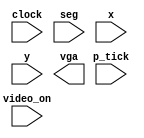
module displaying(
    input clock,
    input [15:0]seg,
    input video_on, p_tick,
    input [9:0]x,y,
    output vga
    );
    reg vga_reg,vga_next;
    
    //vga_sync vga_sync_unit (.clk(clk), .reset(clear), .hsync(hsync), .vsync(vsync), .video_on(video_on), .p_tick(p_tick), .x(x), .y(y));
    
    always@(posedge clock)
        begin
        //vga_next = 1;
        //if(video_on)
            //begin
            if( x >= 291 && x <= 320 && y >= 176 && y <= 179)
                if(seg[0] == 1)
                    vga_next = 0;
            else if(x >= 321 && x <= 350 && y >= 176 && y <= 179)
                if(seg[1] == 1)
                    vga_next = 0;
            else if(x >= 347 && x <= 350 && y >= 180 && y <= 239)
                if(seg[2] == 1)
                    vga_next = 0;
            else if(x >= 347 && x <= 350 && y >= 240 && y <= 299)
                if(seg[3] == 1)
                    vga_next = 0;
            else if(x >= 321 && x <= 350 && y >= 300 && y <= 303)
                if(seg[4] == 1)
                    vga_next = 0;
            else if( x >= 291 && x <= 320 && y >= 300 && y <= 303)
                if(seg[5] == 1)
                    vga_next = 0;
            else if(x >= 291 && x <= 294  && y >= 240 && y <= 299)
                if(seg[6] == 1)
                    vga_next = 0;
            else if(x >= 291 && x <= 294 && y >= 180 && y <= 239)
                if(seg[7] == 1)
                    vga_next = 0;
            else if(x >= 295 && x <= 318 && y >= 238 && y <= 241)
                if(seg[8] == 1)
                    vga_next = 0;
            else if(x >= 323 && x <= 346 && y >= 238 && y <= 241)
                if(seg[9] == 1)
                    vga_next = 0;
            else if(x >= 319 && x <= 322 && y >= 180 && y <= 239)
                if(seg[10] == 1)
                    vga_next = 0;
            else if(x >= 319 && x <= 322 && y >= 240 && y <= 299)
                if(seg[11] == 1)
                    vga_next = 0;
            else if( x >= 295 && x <= 296 && y >= 180 && y <= 181) // seg13
                if(seg[12] == 1)
                    vga_next = 0;
            else if( x >= 295 && x <= 297 && y >= 182 && y <= 183)
                if(seg[12] == 1)
                    vga_next = 0;
            else if( x >= 296 && x <= 298 && y >= 184 && y <= 185)
                if(seg[12] == 1)
                    vga_next = 0;
            else if( x >= 297 && x <= 298 && y == 186 )
                if(seg[12] == 1)
                    vga_next = 0;
            else if( x >= 297 && x <= 299 && y >= 187 && y <= 188)
                if(seg[12] == 1)
                    vga_next = 0;
            else if( x >= 298 && x <= 300 && y >= 189 && y <= 190)
                if(seg[12] == 1)
                    vga_next = 0;
            else if( x >= 299 && x <= 300 &&  y == 191)
                if(seg[12] == 1)
                    vga_next = 0;
            else if( x >= 299 && x <= 301 && y >= 192 && y <= 193)
                if(seg[12] == 1)
                    vga_next = 0;
            else if( x >= 300 && x <= 302 && y >= 194 && y <= 195)
                if(seg[12] == 0)
                    vga_next = 0;
            else if( x >= 301 && x <= 302 && y == 196)
                if(seg[12] == 1)
                    vga_next = 0;
            else
                vga_next = 1;
            //end
        //else
        //   vga_next = 0;
        end
   
  //  always@(posedge clock)
     //   begin
       // if( p_tick)
         //   vga_reg <= vga_next;
        //end
        
    //assign vga = vga_reg;
endmodule